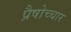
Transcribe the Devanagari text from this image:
प्रैषोच्चार